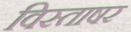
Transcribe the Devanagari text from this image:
विस्ताषर